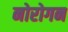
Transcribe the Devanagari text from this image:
नोरोगन